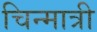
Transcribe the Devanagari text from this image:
चिन्मात्री